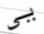
يي